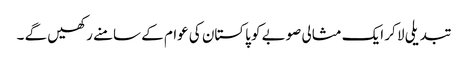
تبدیلی لا کر ایک مثالی صوبے کو پاکستان کی عوام کے سامنے رکھیں گے ۔